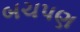
બચપણ